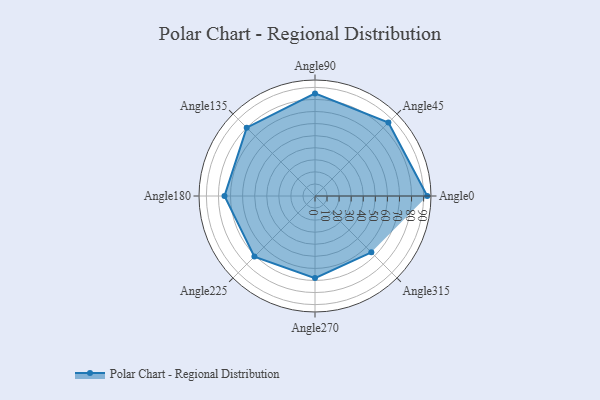
{"axis": {"x": "Angle", "y": "Radius"}, "legend": [""], "data": [{"x": "Angle0", "y": 93.0, "type": ""}, {"x": "Angle45", "y": 86.0, "type": ""}, {"x": "Angle90", "y": 85.0, "type": ""}, {"x": "Angle135", "y": 80.0, "type": ""}, {"x": "Angle180", "y": 75.0, "type": ""}, {"x": "Angle225", "y": 71.0, "type": ""}, {"x": "Angle270", "y": 68.0, "type": ""}, {"x": "Angle315", "y": 66.0, "type": ""}]}